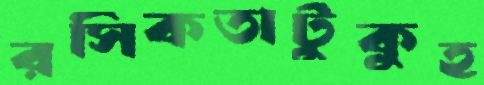
রসিকতাটুকুহ